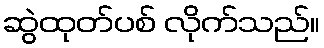
ဆွဲထုတ်ပစ် လိုက်သည်။